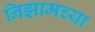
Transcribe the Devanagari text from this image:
निझामच्या